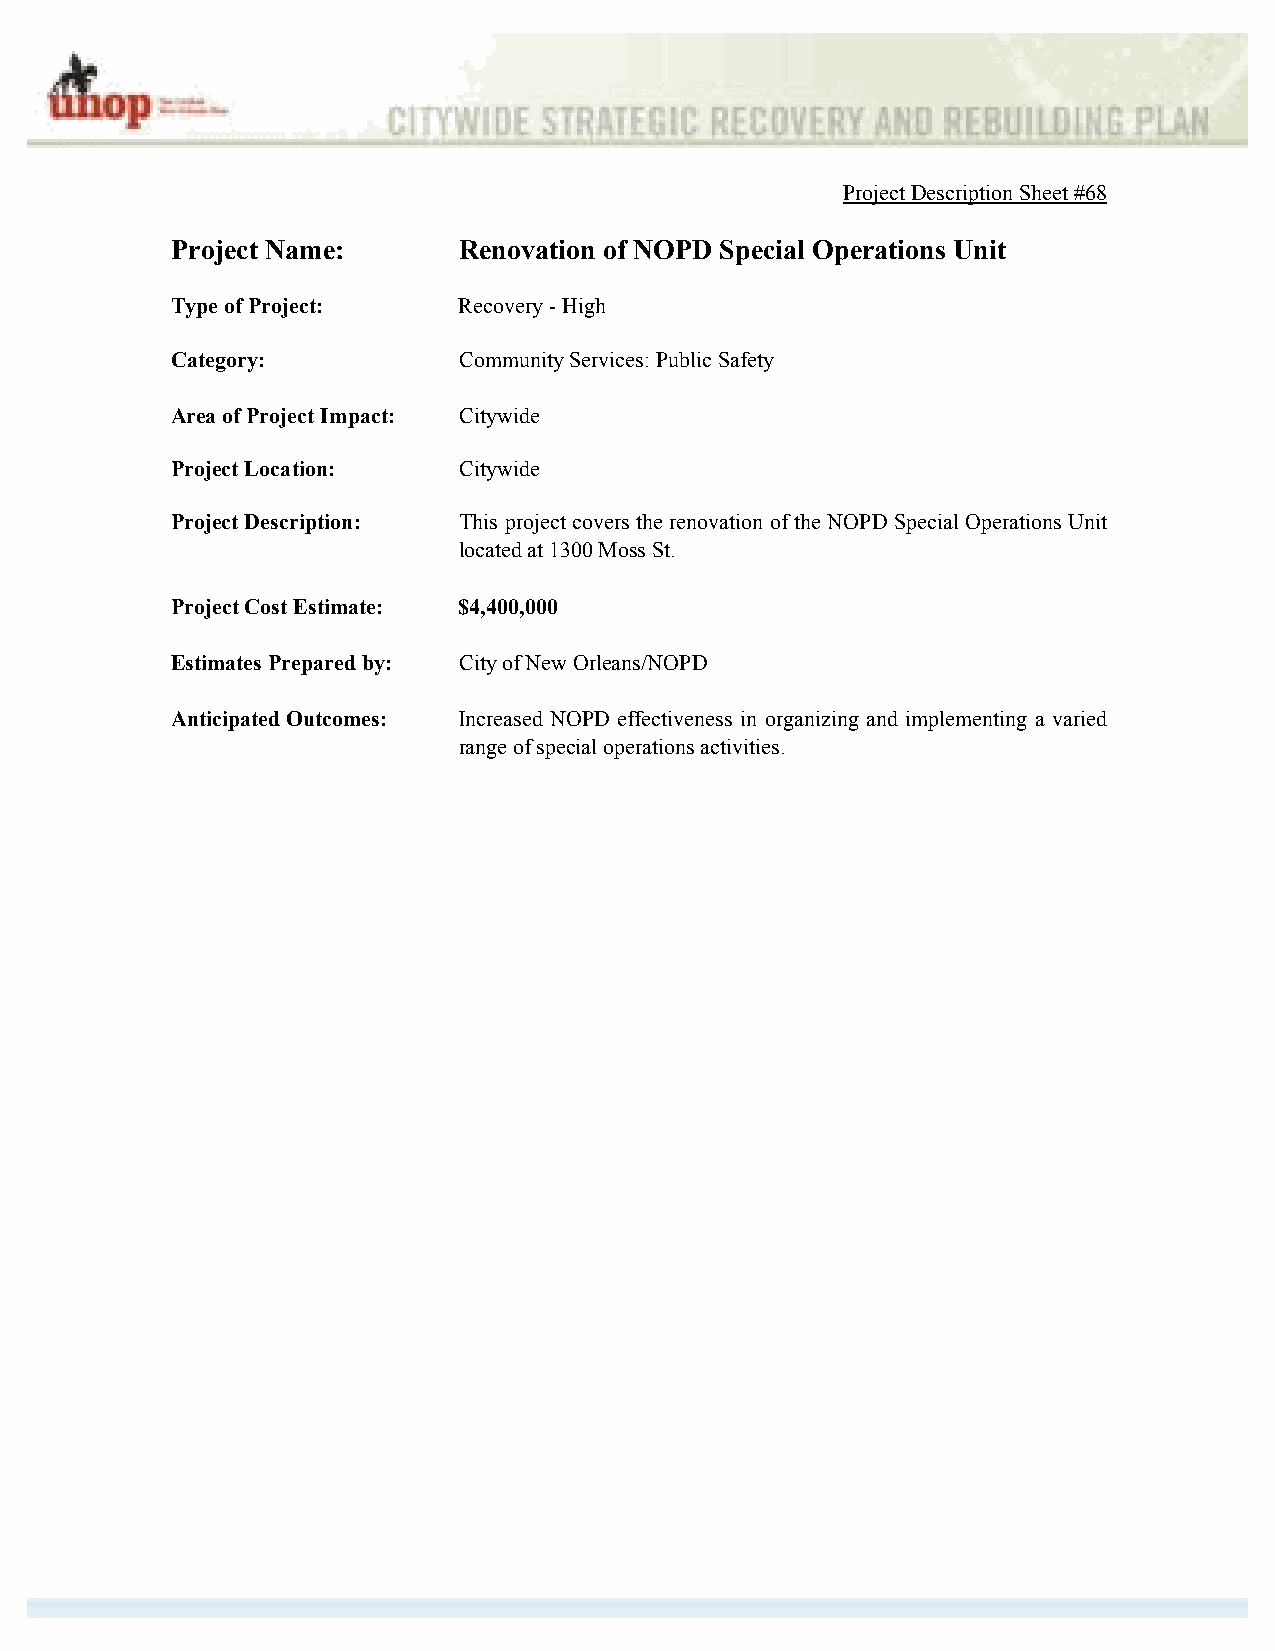
Project Description Sheet #68
 Project Name:      Renovation of NOPD Special Operations Unit
 Type of Project:   Recovery - High
 Category:          Community Services: Public Safety
 Area of Project Impact: Citywide
 Project Location:  Citywide
 Project Description: This project covers the renovation of the NOPD Special Operations Unit
 located at 1300 Moss St.
 Project Cost Estimate: $4,400,000
 Estimates Prepared by: City of New Orleans/NOPD
 Anticipated Outcomes: Increased NOPD effectiveness in organizing and implementing a varied
 range of special operations activities.